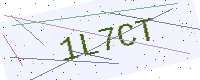
Text: 1L7CT